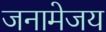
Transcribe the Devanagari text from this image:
जनामेजय